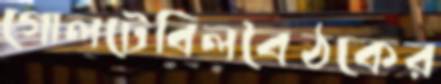
গোলটেবিলবৈঠকের